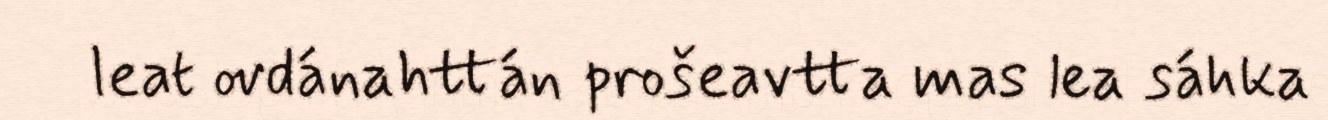
leat ovdánahttán prošeavtta mas lea sáhka